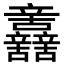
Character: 𨑂